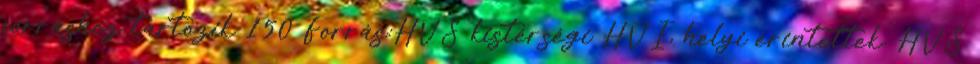
forráshoz tartozik 150 Forrás:HVS kistérségi HVI, helyi érintettek, HVS